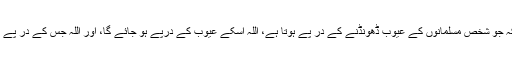
فرمایا : “مسلمانوں کے پوشیدہ حالات کی کھوج میں نہ لگا کرو، کیونکہ جو شخص مسلمانوں کے عیوب ڈھونڈنے کے در پے ہوتا ہے، اللہ اسکے عیوب کے درپے ہو جائے گا، اور اللہ جس کے در پے ہو جائے تو وہ اسے اسکے گھر میں رسوا کرکے چھوڑتا ہے (ابوداؤد)۔